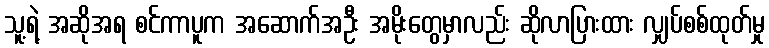
သူ့ရဲ့ အဆိုအရ စင်ကာပူက အဆောက်အဦး အမိုးတွေမှာလည်း ဆိုလာပြားထား လျှပ်စစ်ထုတ်မှု